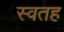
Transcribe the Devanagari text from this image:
स्वतह